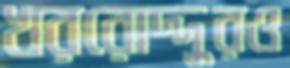
খররোদ্দুরও